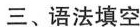
三、语法填空